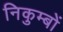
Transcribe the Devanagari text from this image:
निकुम्बों